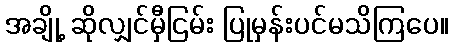
အချို့ ဆိုလျှင်မှီငြမ်း ပြုမှန်းပင်မသိကြပေ။